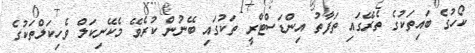
ކޯހުގެ ބައިތަކުގެ ތެރޭގައި ތަފާތު އިންޑަސްޓްރީ ތަކުގައި ބޭނުން ކުރެވޭ މެކޭނިކަލް ވެހިކަލްތަކުގެ